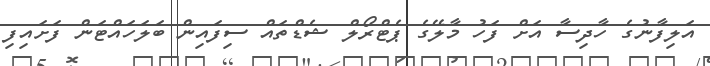
އަލިފާނުުގެ ހާދިސާ އަށް ފަހު މާލޭގެ ޕެޓްރޯލް ޝެޑްތައް ސިފައިން ބަލަހައްޓަން ފަށައިފި